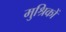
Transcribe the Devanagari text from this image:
मुश्रिकों